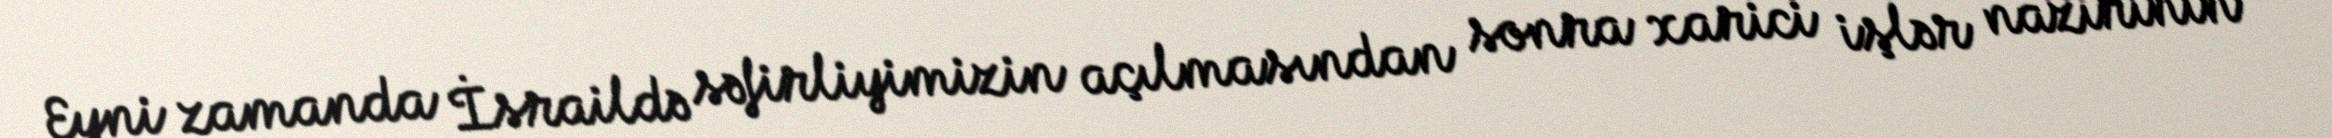
Eyni zamanda İsraildə səfirliyimizin açılmasından sonra xarici işlər nazirinin